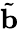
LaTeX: \tilde{\mathbf{b}}